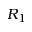
R _ { 1 }